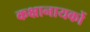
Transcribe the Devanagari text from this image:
कक्षानायकों